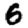
Digit: 6